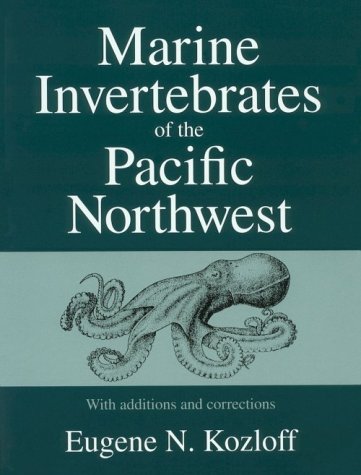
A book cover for Marine Invertebrates of the Pacific Northwest: With Additions and Corrections; Eugene Kozloff; Science & Math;